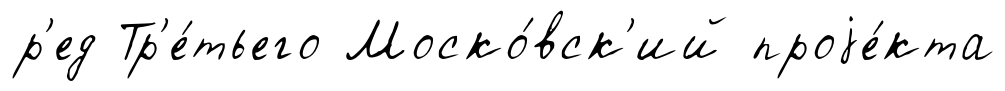
р'ед Тр'е́тьего Моско́вск'ий проjе́кта